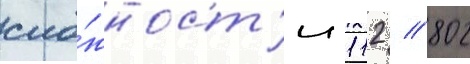
сло́жност'и 112 / 802